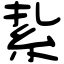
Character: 紥